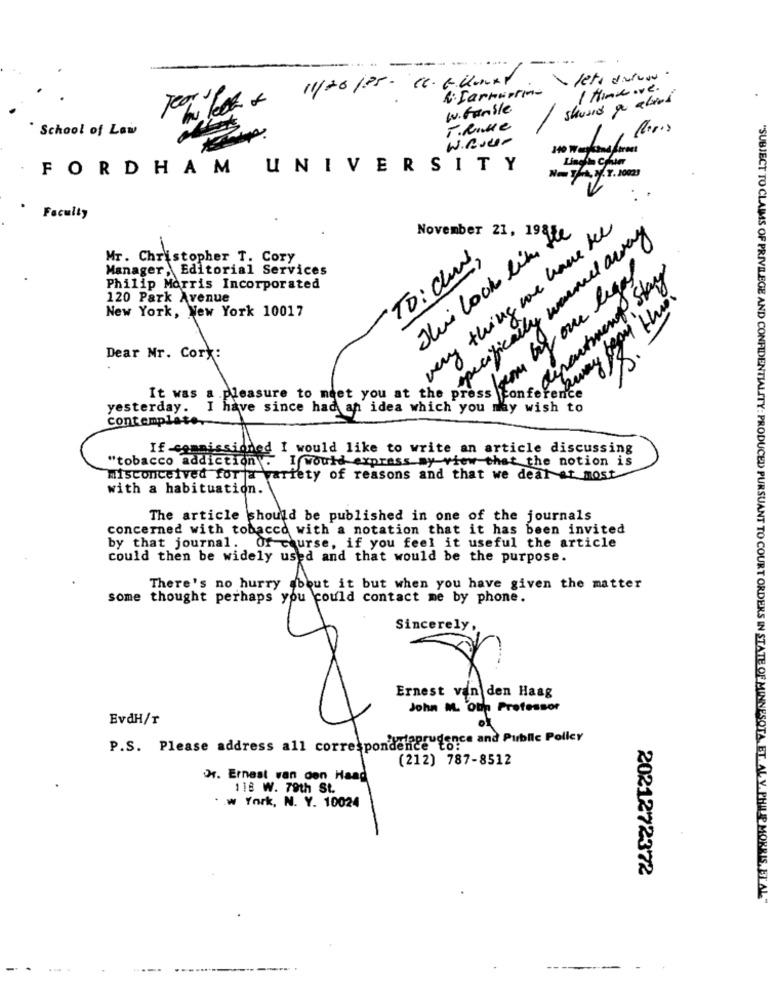
....
11/26/85 - C. E. Konxv
R: Farmnorma
/ Himmove .
should a altri
W. Gamble
School of Law
T. Rulle
W. Bucer
140 Workand fireet
FORDHAM UNIVERSITY
No THA, y.Y. 10023
Faculty
Thei look like the
November 21, 198
very thing we have bee
specifically warmed away
Mr. Christopher T. Cory
To: dund,
Manager, Editorial Services
Ato department Stary
Philip Morris Incorporated
120 Park Avenue
New York, New York 10017
prosince had an ait the op by one leges
Dear Mr. Cork:
yesterday. I have since had an idea which you may wish to
contemplate
If commissioned I would like to write an article discussing
"tobacco addiction
I would express my view that the notion is
misconceived fora variety of reasons and that we deal at most
with a habituation.
The article should be published in one of the journals
concerned with tobacco with a notation that it has been invited
by that journal. Of course, if you feel it useful the article
could then be widely used and that would be the purpose.
There's no hurry about it but when you have given the matter
some thought perhaps you could contact me by phone.
Sincerely,
Ernest van den Haag
John M. Oth Professor
EvdH/T
P.S. Please address all correspondance force and Public Policy
(212) 787-8512
Dr. Ernest van den Haag
118 W. 79th St.
w York, N. Y. 10024
2021272372
"SUBJECT TO CLAIMS OF PRIVILEGE AND CONFIDENTIALITY: PRODUCED PURSUANT TO COURT ORDERS IN STATE OF MINNESOTA,ET. AL V. PHILIP MORRIS, ET AL."
----
-- -